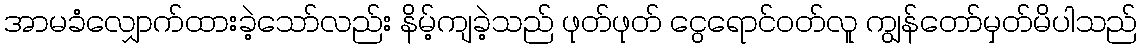
အာမခံလျှောက်ထားခဲ့သော်လည်း နိမ့်ကျခဲ့သည် ဖုတ်ဖုတ် ငွေရောင်ဝတ်လူ ကျွန်တော်မှတ်မိပါသည်